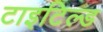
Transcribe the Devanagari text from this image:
टाइटिल्ड